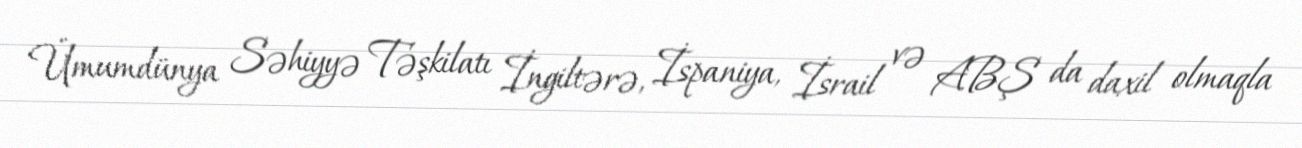
Ümumdünya Səhiyyə Təşkilatı İngiltərə, İspaniya, İsrail və ABŞ da daxil olmaqla